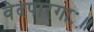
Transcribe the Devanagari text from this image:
वेदपारगाः॥